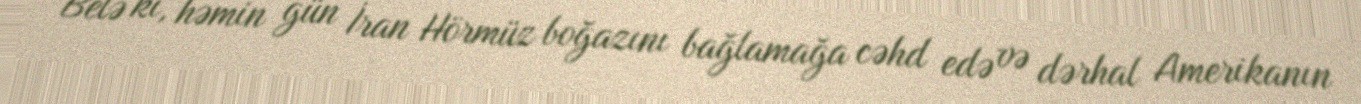
Belə ki, həmin gün İran Hörmüz boğazını bağlamağa cəhd edə və dərhal Amerikanın